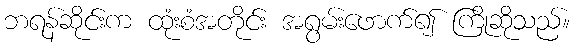
ဘရန်ဆိုင်းက ထုံးစံအတိုင်း အရွမ်းဖောက်၍ ကြိုဆိုသည်။